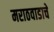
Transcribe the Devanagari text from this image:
मराठवाडाचे